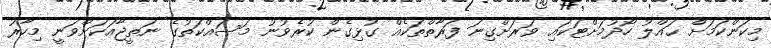
މިކަންކަމަށް ޙައްލު ހޯދުމަށްޓަކައި ވަރަށްގިނަ ފަރާތްތަކެއް ގުޅިގެން ކުރެވުނު މަސައްކަތުގެ ނަތީޖާއަކަށްވަނީ މިހާރު